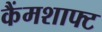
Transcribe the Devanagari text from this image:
कैंमशाफ्ट